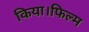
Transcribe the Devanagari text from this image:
किया।फिल्म